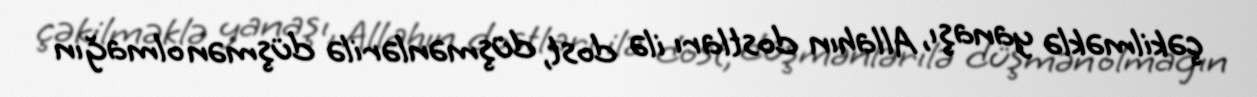
çəkilməklə yanaşı, Allahın dostları ilə dost, düşmənlərilə düşmən olmağın